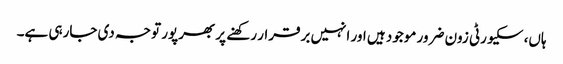
ہاں، سکیورٹی زون ضرور موجود ہیں اور انہیں برقرار رکھنے پر بھرپور توجہ دی جارہی ہے۔